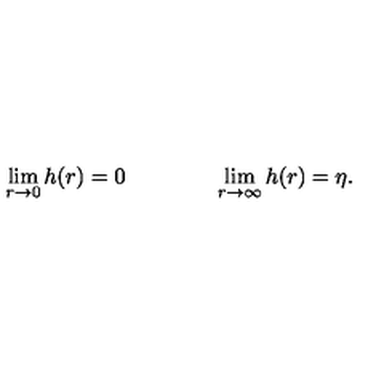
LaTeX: \lim _ { r \rightarrow 0 } h ( r ) = 0 \qquad \qquad \lim _ { r \rightarrow \infty } h ( r ) = \eta .